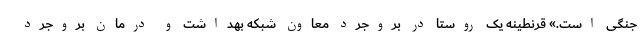
جنگی است.» قرنطینه یک روستا در بروجرد معاون شبکه بهداشت و درمان بروجرد